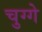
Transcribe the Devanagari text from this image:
चुग्गे